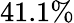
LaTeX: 41.1\%